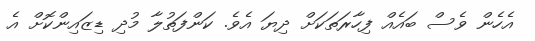
އެހެން ވެސް ބައެއް ފިހާރަތަކަށް ދިޔަ އެވެ. ކަންފަތުލާ މުދި ޑިޒައިންކޮށް އެ